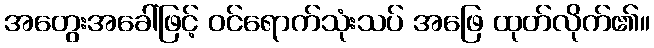
အတွေးအခေါ်ဖြင့် ဝင်ရောက်သုံးသပ် အဖြေ ထုတ်လိုက်၏။